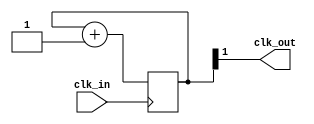
module prescaler #(
    parameter N = 0
) (
    input clk_in,
    output clk_out
);
    //-- divisor register
    reg [N-1:0] divcounter;

    //-- N bit counter
    always @(posedge clk_in)
        divcounter <= divcounter + 1;

    //-- Use the most significant bit as output
    assign clk_out = divcounter[N-1];
    
endmodule